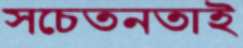
সচেতনতাই